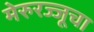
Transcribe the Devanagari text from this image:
मेरुरज्जूचा